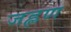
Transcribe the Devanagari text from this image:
जह्लण